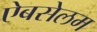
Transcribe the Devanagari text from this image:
ऐबसेलम